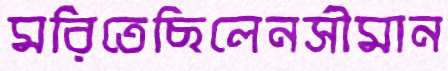
মরিতেছিলেনসীমান